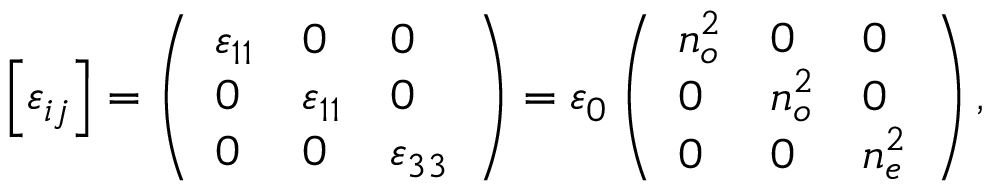
\left[ \varepsilon _ { i j } \right] = \left( \begin{array} { l l l } { \varepsilon _ { 1 1 } } & { 0 } & { 0 } \\ { 0 } & { \varepsilon _ { 1 1 } } & { 0 } \\ { 0 } & { 0 } & { \varepsilon _ { 3 3 } } \end{array} \right) = \varepsilon _ { 0 } \left( \begin{array} { l l l } { n _ { o } ^ { 2 } } & { 0 } & { 0 } \\ { 0 } & { n _ { o } ^ { 2 } } & { 0 } \\ { 0 } & { 0 } & { n _ { e } ^ { 2 } } \end{array} \right) ,